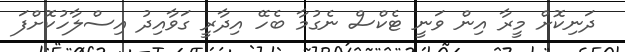
ދަނިކޮށް މީރާ އިން ވަނީ ޓެކްސް ނެގުމާ ބެހޭ އިދާރީ ގަވާއިދު އިސްލާހުކޮށްފަ